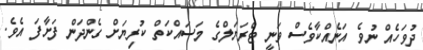
ދުވަހެއް ނުވެ އަނެއްކާވެސް ވަނީ ޓްރަޔަލްގެ މަސައްކަތް ކުރިޔަށް ގެންދަން ފަށާފަ އެވެ.